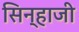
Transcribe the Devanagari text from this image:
सिन्हाजी